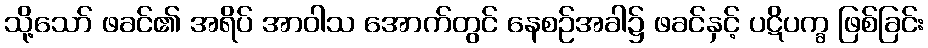
သို့သော် ဖခင်၏ အရိပ် အာဝါသ အောက်တွင် နေစဉ်အခါ၌ ဖခင်နှင့် ပဋိပက္ခ ဖြစ်ခြင်း